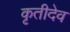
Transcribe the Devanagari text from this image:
कृतीदेव